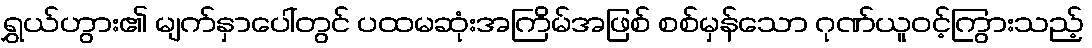
ရွှယ်ဟွား၏ မျက်နှာပေါ်တွင် ပထမဆုံးအကြိမ်အဖြစ် စစ်မှန်သော ဂုဏ်ယူဝင့်ကြွားသည့်